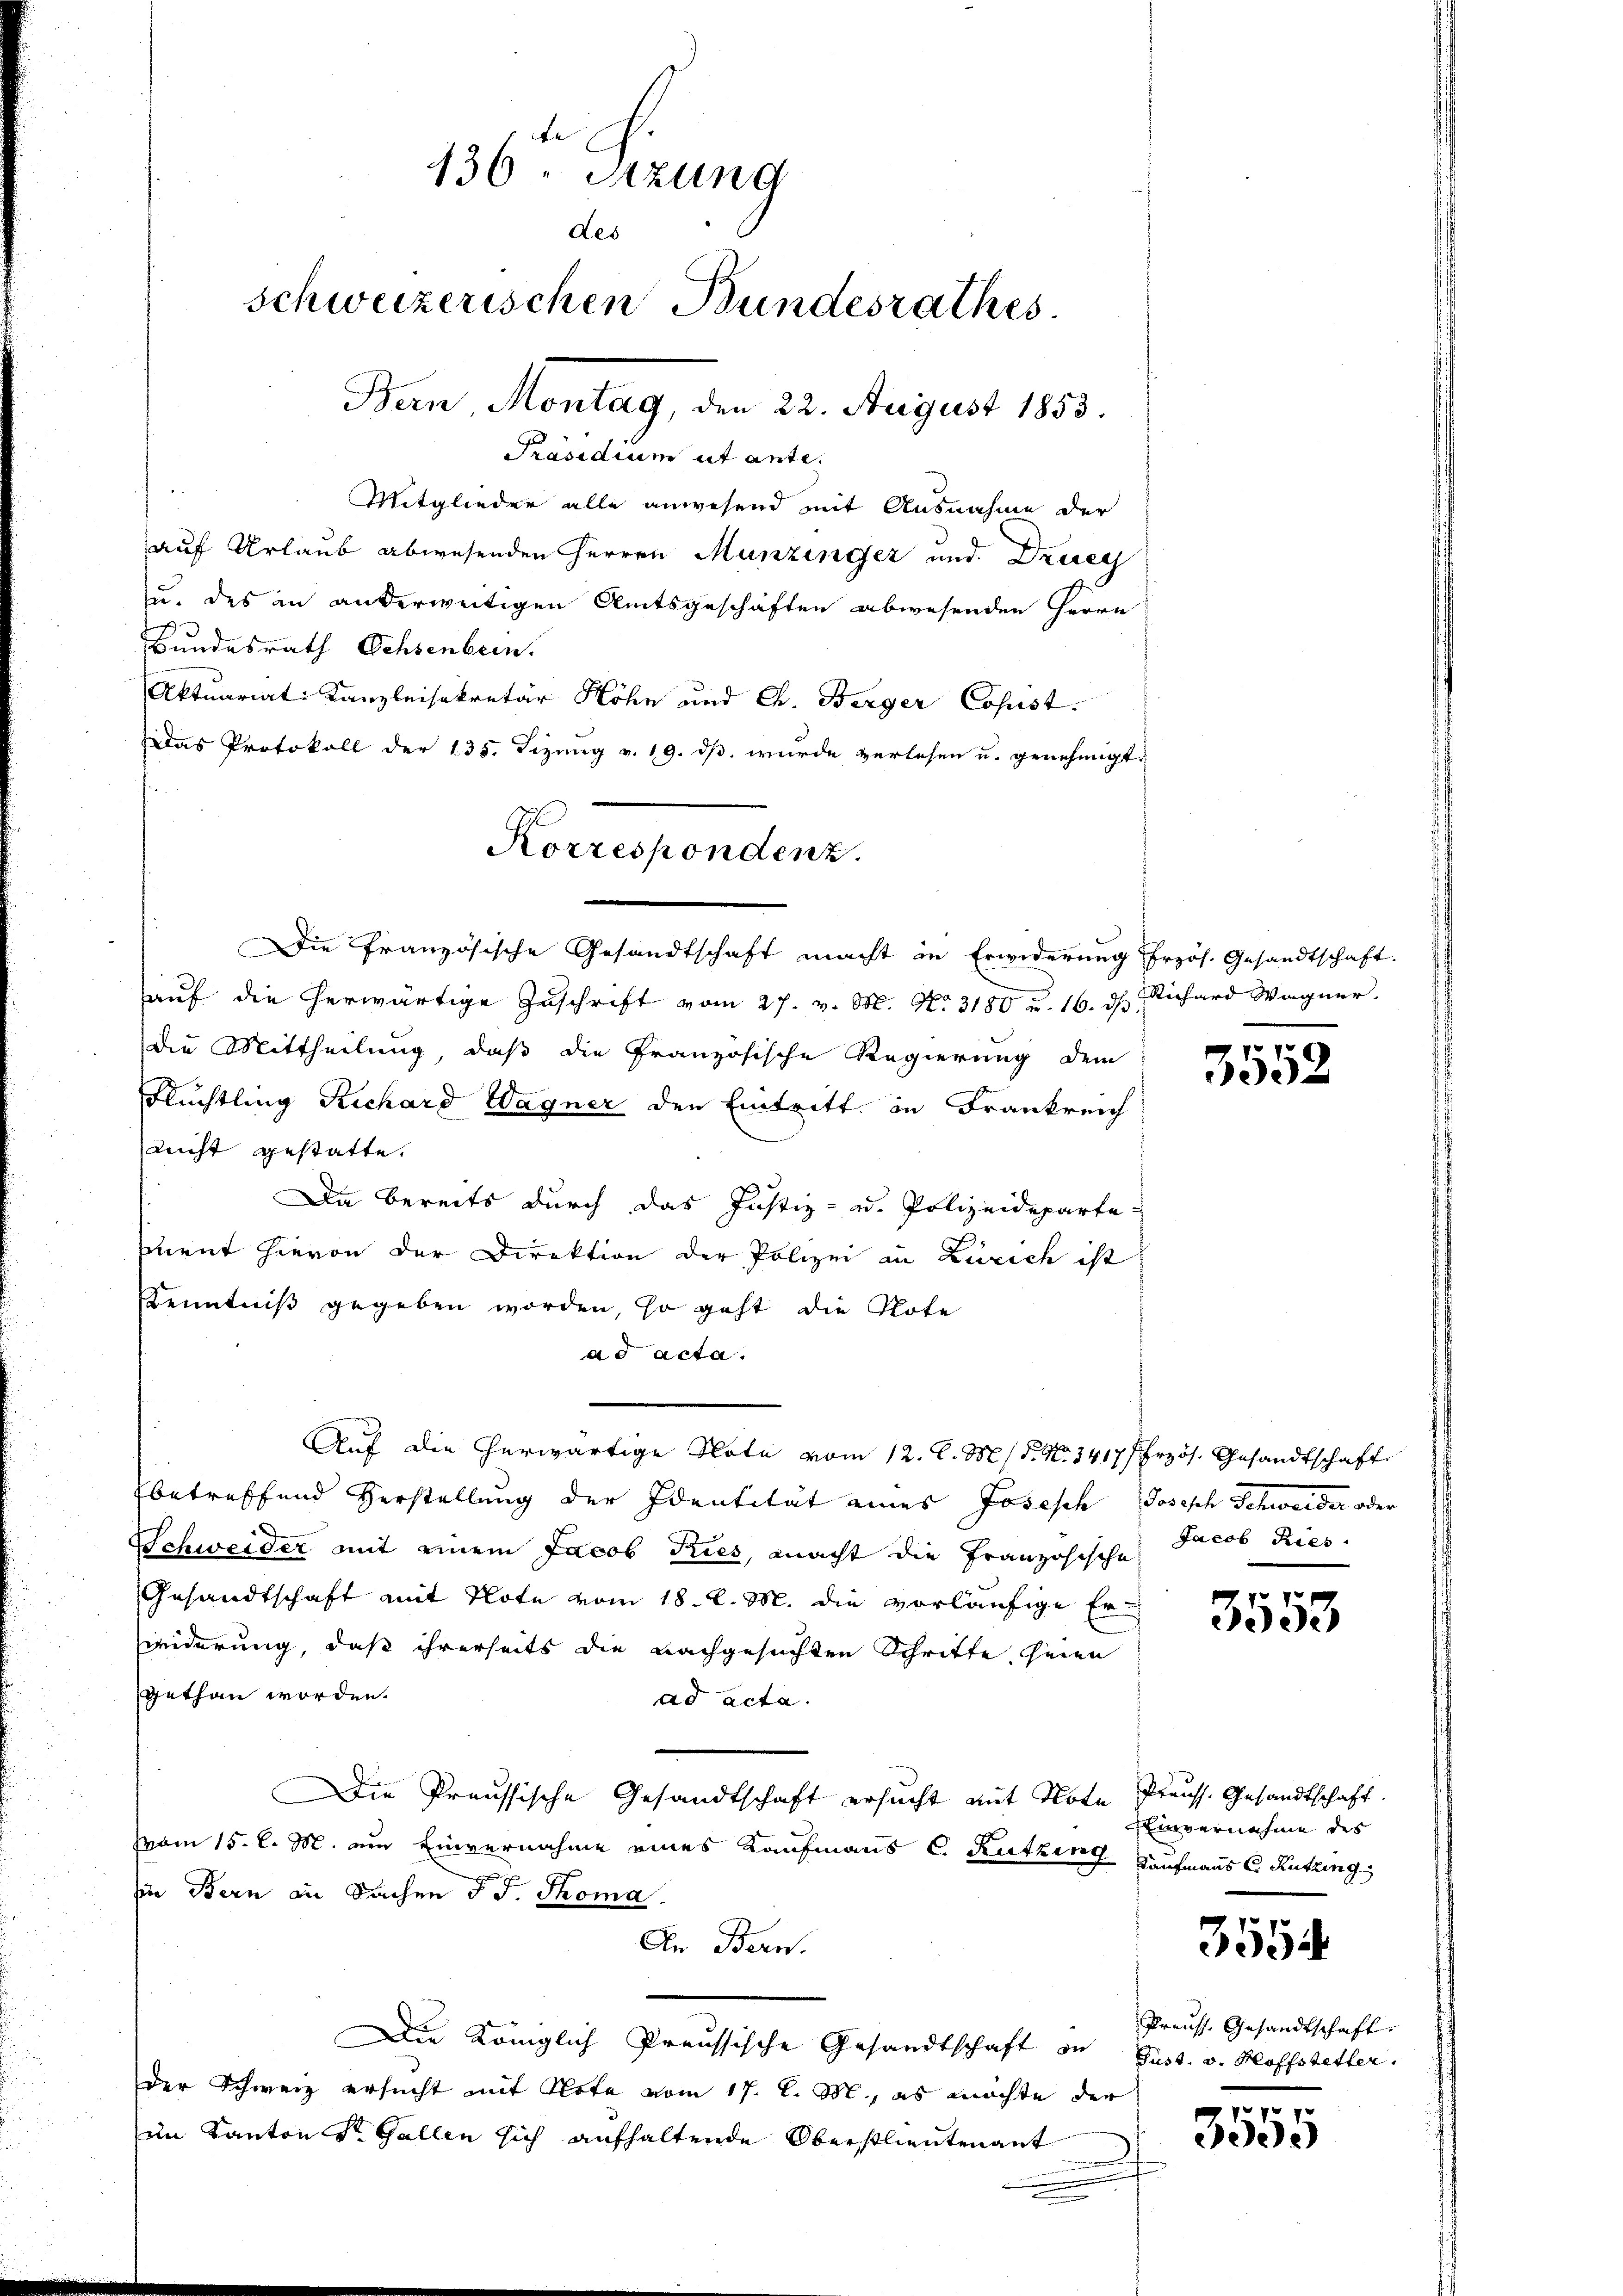
te
136. Sitzung
Des
schweizerischen Bundesrathes
Bern Montag, den 22. August 1853.
Präsidium ut ante.
Mitglieder alle anwesend mit Ausnahme der
auf Urlaub abwesenden Herren Munzinger und Druc

zu. des in anderweitigen Amtsgeschäften abwesenden Herrn
Bundesrath Ochsenbern.
Aktuariat Kanzleisekretär Höhn und Ch. Berger Cosust.
Das Protokoll der 135. Sizung v. 19. ds. wurde verlesen u. genehmigt.
auf die herwärtige Zuschrift vom 27. v. M. No. 3180 u. 16. ds Richard Wagner.
die Mittheilung, daß die Französische Regierung dem
Flüchtling Rechard Wagner den Eintritt in Frankreich
nicht gestatte.
Da bereits durch das Justiz- u. Polizeideparte-
sment hievon der Direktion der Polizei in Zürich ist:
Kenntniß gegeben worden, so geht die Note
ad acta.
Auf die herwärtige Note vom 12. l. M. / 5. No. 1417/ Erzös. Gesandtschaft
betreffend Verstellung der Identität eines Joseph Joseph Schweider oder
Schweider mit einem Jacob Tries, macht die Französische Jacob Ries
Gesandtschaft mit Note vom 18. d. M. die vorläufige Erwederung, daß ihrerseits die nachgesuchten Schritte seien
gethan worden.
ad acta.
Die Preussische Gesandtschaft ersucht mit Note Preuss. Gesandtschaft.
vom 15. d. M. um Einvernahme eines Kaufmanns C. Ruthen Kaufmanns C. Rütting
zin Bern in Sachen d. J. Thoma
In Bern.
Die Königlich Preussische Gesandtschaft an Sust. v. Bloffstetter.
der Schweiz ersucht mit Note vom 17. d. M., es möchte der
im Kanton St. Gallen sich aufhaltende Oberstlieutenant

Korrespondenz.
Die Französische Gesandtschaft macht in Erwiderung frzös. Gesandtschaft.

3552

3553

Einvernahme des

3554

Preuss. Gesandtschaft.

3555